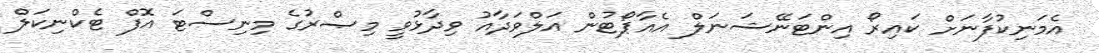
އެމަނިކުފާނަށް ކައިރޯ އިންޓަނޭޝަނަލް އެއާޕޯޓުން އަލްވަދާއު ވިދާޅުވީ މިޞްރުގެ މިނިސްޓަ އޮފް ޓެކްނިކަލް